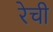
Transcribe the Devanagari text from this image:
रेची